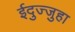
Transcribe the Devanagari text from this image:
ईदुज्जुहा